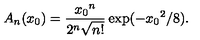
A _ { n } ( x _ { 0 } ) = \frac { { x _ { 0 } } ^ { n } } { 2 ^ { n } \sqrt { n ! } } \exp ( - { x _ { 0 } } ^ { 2 } / 8 ) .